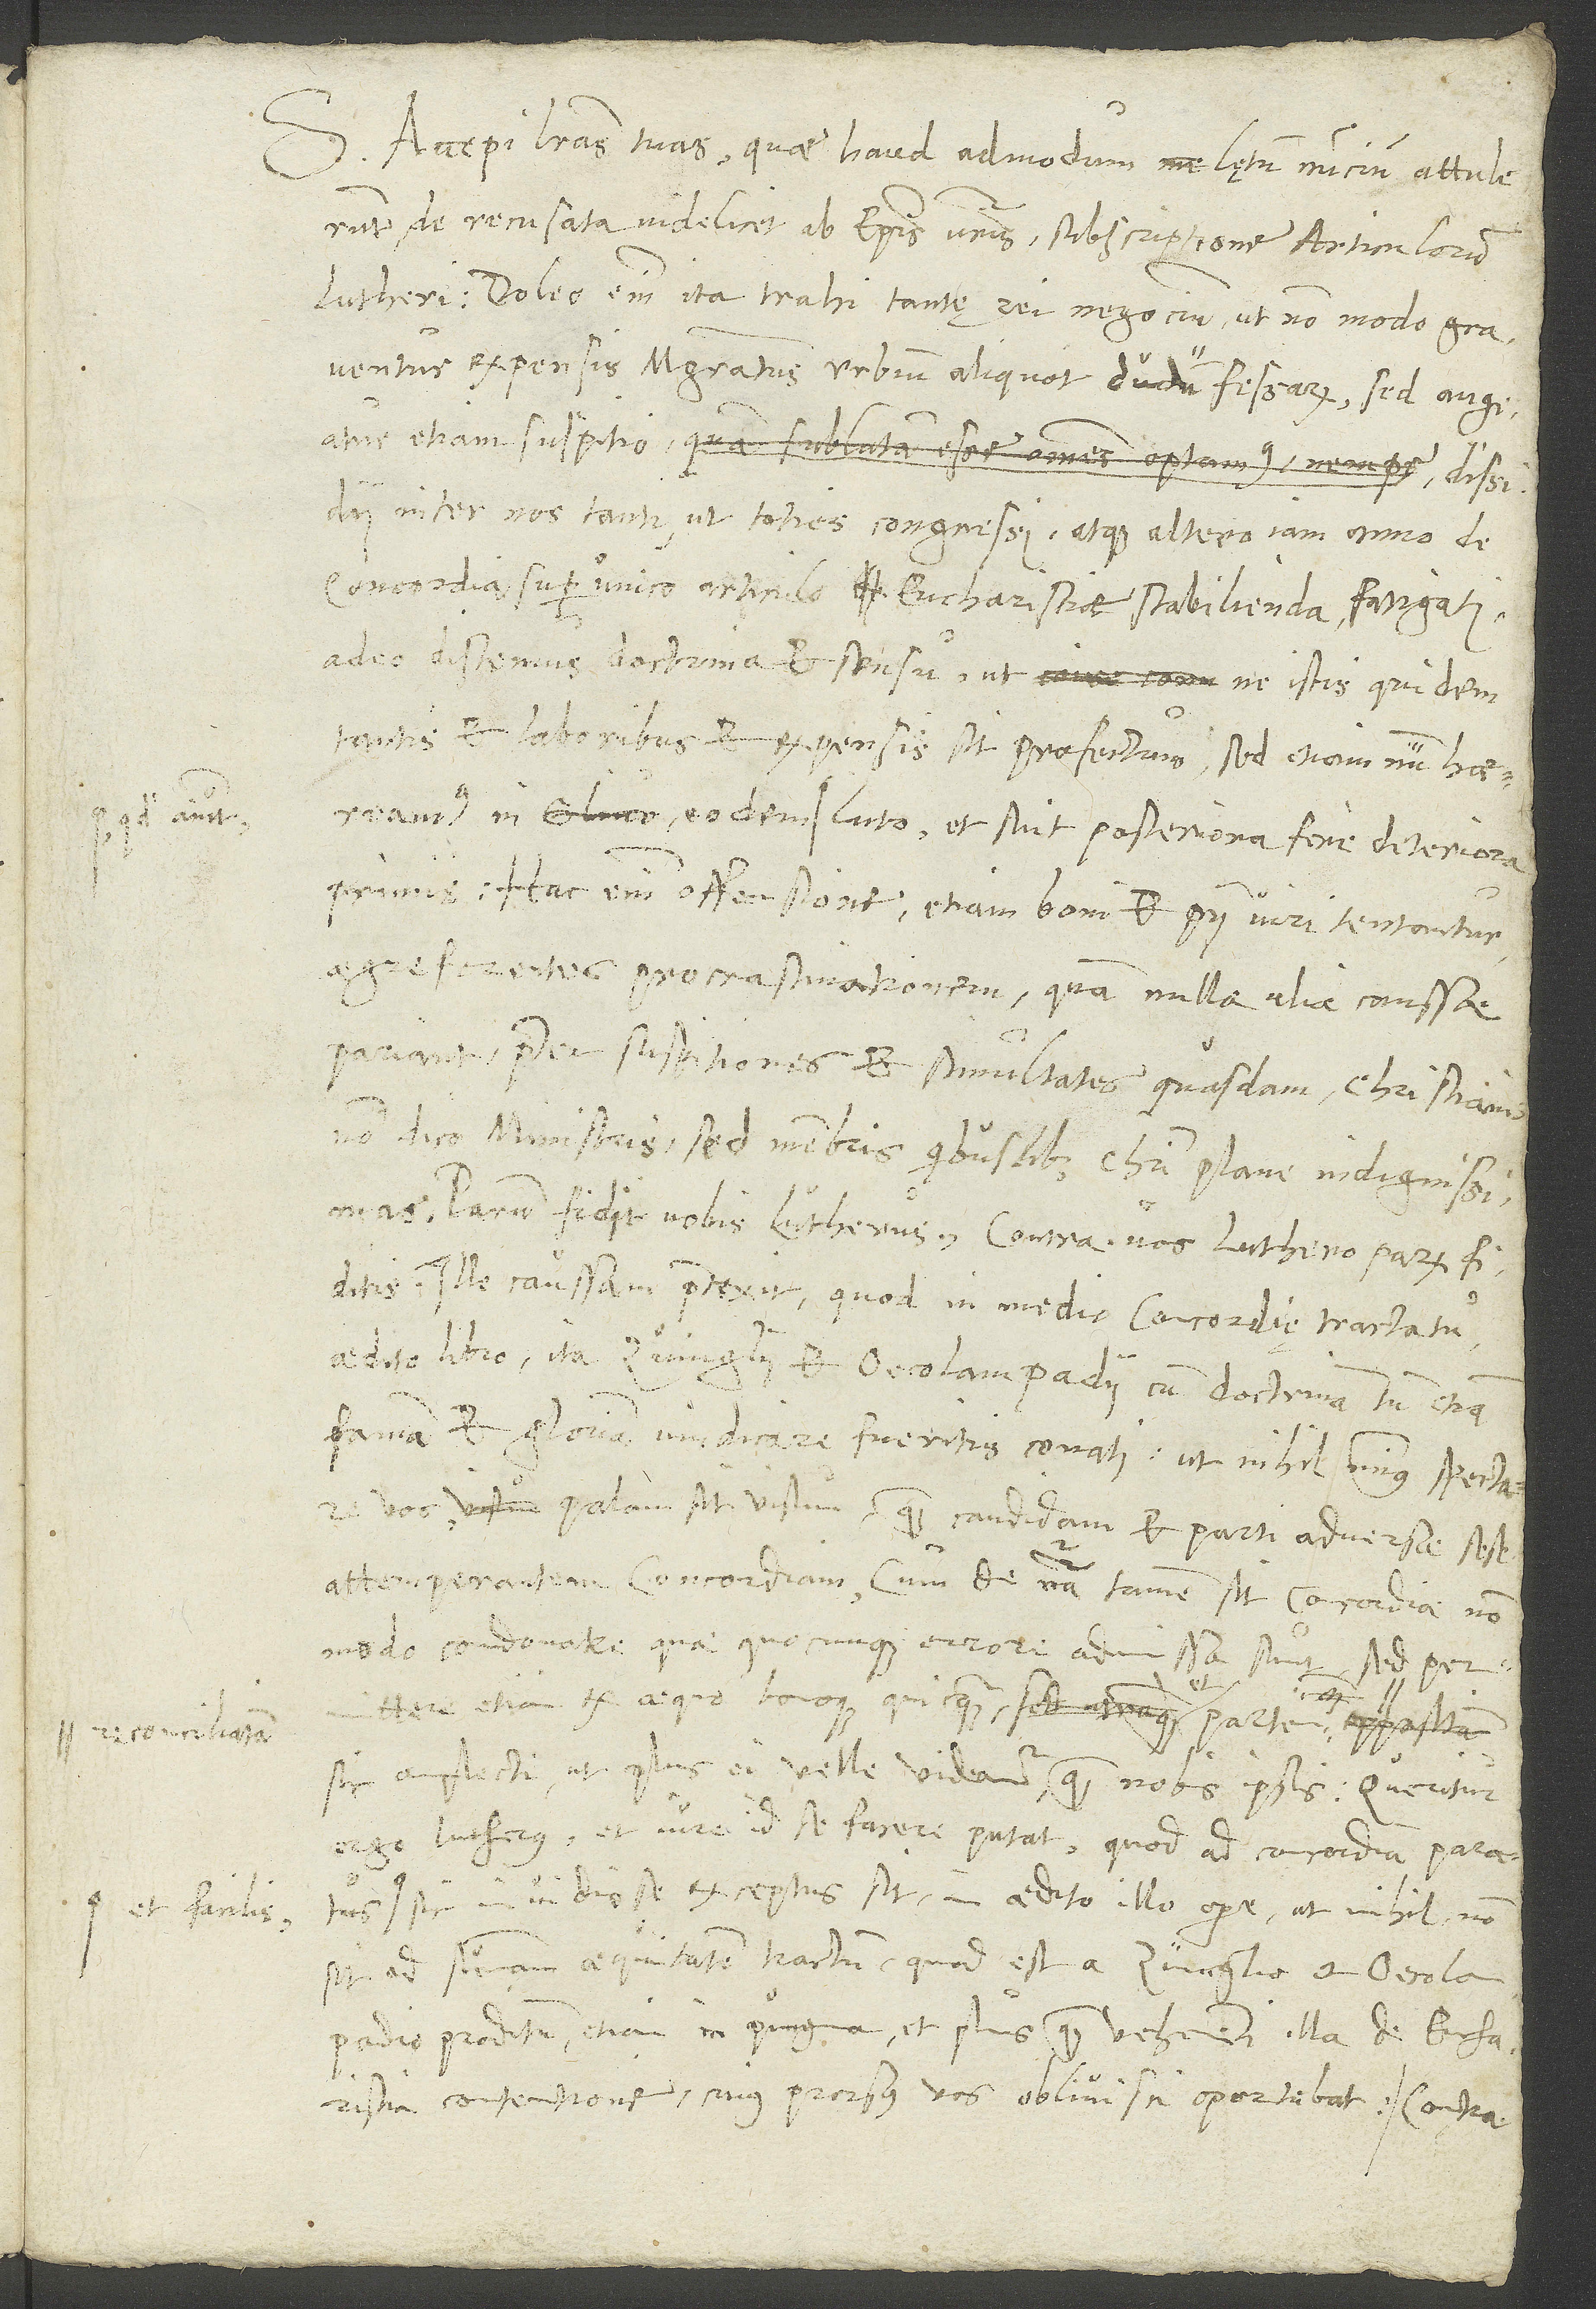
et facilis

S. Accepi literas tuas, quae haud admodum lętum nuncium attulerunt,
de recusata videlicet ab episcopis vestris subscriptione articulorum
Lutheri. Doleo enim ita trahi tantę rei negocium, ut non modo graventur
expensis magistratus urbium aliquot dudum fessarum, sed augeatur
inter nos tanti, ut toties congressi atque altero iam anno de
concordia super unico articulo eucharistiae stabilienda fatigati
adeo distemus doctrina et sensu, ut ne istis quidem
laboribus et expensis sit profectum, sed etiamnum haereamus
luto, et sint posteriora fere deteriora
primis. Hac enim offensione etiam boni et pii viri tentantur
aegre ferentes procrastinationem, quam nullae aliae caussae
pariant praeter suspitiones et simultates quasdam christianis
non dico ministris, sed membris quibuslibet Christi plane indignissimas.
Parum fidit vobis Lutherus; contra vos Luthero parum fiditis.
Ille caussam praetexit, quod in medio concordię tractatu
aedito libro ita Zvinglii et Oecolampadii cum doctrinam tum etiam
famam et gloriam vindicare fueritis conati, ut nihil minus spectare
vos palam sit visum quam candidam et parti adversae sese
attemperantem concordiam, cum de natura tamen sit concordiae non
modo condonare, quae quocunque errore admissa sunt, sed permittere
etiam ex aequo bonoque quicquam et partem
sic amplecti, ut plus ei velle videamur quam nobis ipsis. Queritur
ergo Lutherus, et iure id se facere putat, quod ad concordiam paratus
invidiose exceptus sit in aedito illo opere, ut nihil non
sit ad summam aequitatem tractum, quod est a Zvinglio et Oecolampadio
proditum etiam in pugna et plus quam vehementi illa de eucharistia
contentione, cuius prorsus vos oblivisci oportebat; contra